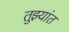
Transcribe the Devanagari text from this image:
तुझ्यांत